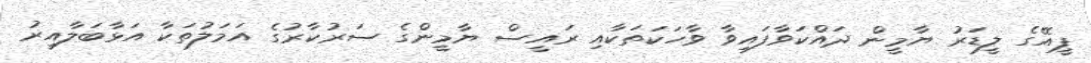
ޕީއޭގެ ލީޑަރު ޔާމީން ދައްކަވާފައިވާ ވާހަކަތަކާއި ރައީސް ޔާމީންގެ ސަރުކާރުގެ އަމަލުތަކާ އަޅާބަލާއިރު